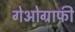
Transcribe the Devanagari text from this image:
गेओग्राफी